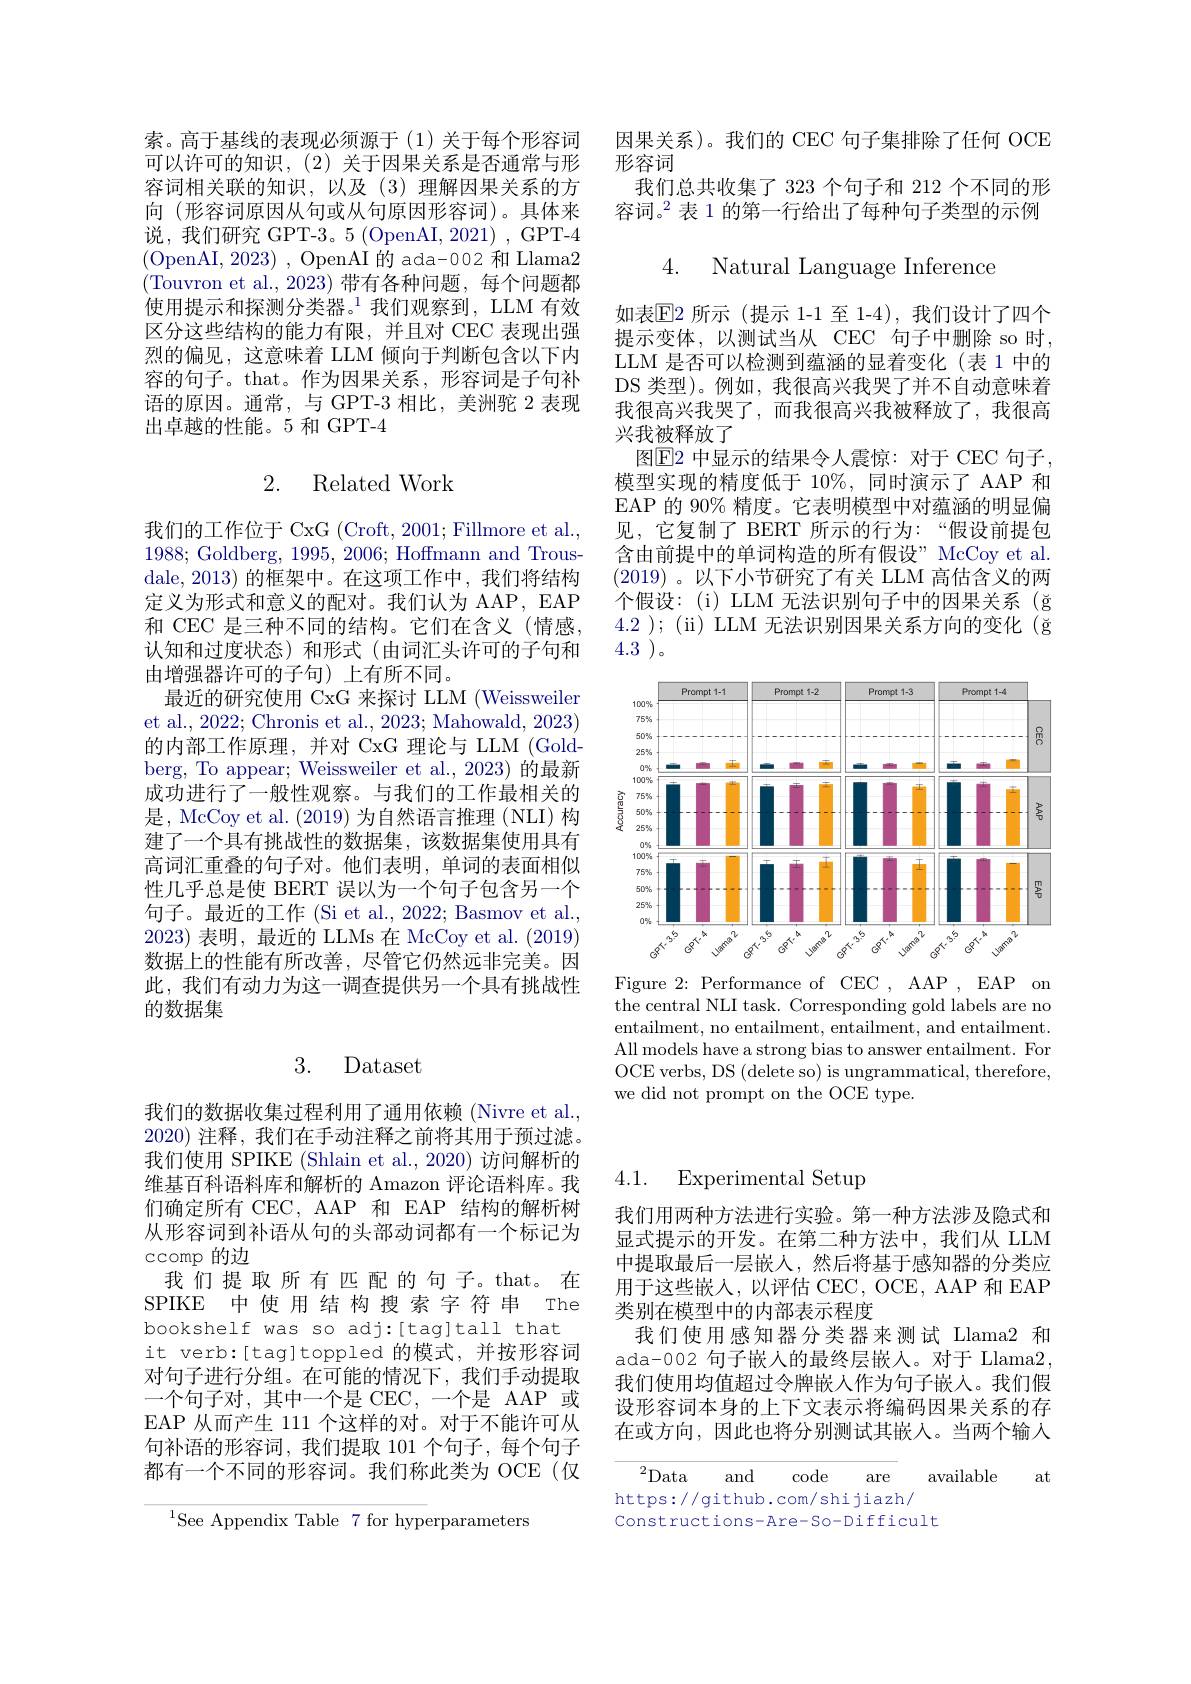
索。高于基线的表现必须源于(1)关于每个形容词可以许可的知识，(2)关于因果关系是否通常与形容词相关联的知识，以及(3)理解因果关系的方向 (形容词原因从句或从句原因形容词)。具体来说，我们研究 GPT-3。5 (OpenAI, 2021) , GPT-4 (OpenAI,2023) , OpenAI 的 ada-002 和 Llama2 (Touvron et al., 2023)带有各种问题，每个问题都使用提示和探测分类器。$^1$我们观察到，LLM 有效区分这些结构的能力有限，并且对 CEC 表现出强烈的偏见，这意味着 LLM 倾向于判断包含以下内容的句子。that。作为因果关系，形容词是子句补语的原因。通常，与 GPT-3 相比，美洲驼 2 表现出卓越的性能。5 和 GPT-4

## 2. Related Work

我们的工作位于 CxG (Croft, 2001; Fillmore et al., 1988;Goldberg, 1995,2006; Hoffmann and Trousdale, 2013) 的框架中。在这项工作中，我们将结构定义为形式和意义的配对。我们认为 AAP, EAP 和 CEC 是三种不同的结构。它们在含义(情感， 认知和过度状态)和形式(由词汇头许可的子句和由增强器许可的子句)上有所不同。
最近的研究使用 CxG 来探讨 LLM (Weissweiler et al., 2022; Chronis et al., 2023; Mahowald, 2023) 的内部工作原理，并对 CxG 理论与 LLM (Goldberg, To appear; Weissweiler et al., 2023) 的最新成功进行了一般性观察。与我们的工作最相关的是，McCoy et al. (2019) 为自然语言推理 (NLI) 构建了一个具有挑战性的数据集，该数据集使用具有高词汇重叠的句子对。他们表明，单词的表面相似性几乎总是使 BERT 误以为一个句子包含另一个句子。最近的工作 (Si et al., 2022; Basmov et al., 2023)表明，最近的 LLMs 在 McCoy et al. (2019) 数据上的性能有所改善，尽管它仍然远非完美。因此，我们有动力为这一调查提供另一个具有挑战性的数据集

## 3. Dataset

我们的数据收集过程利用了通用依赖 (Nivre et al. 2020)注释，我们在手动注释之前将其用于预过滤。我们使用 SPIKE (Shlain et al., 2020) 访问解析的维基百科语料库和解析的 Amazon 评论语料库。我们确定所有 CEC, AAP 和 EAP 结构的解析树从形容词到补语从句的头部动词都有一个标记为ccomp 的边
我们提取所有匹配的句子。that。在SPIKE 中使用结构搜索字符串 The bookshelf was so adj:[tag]tall that
it verb:[tag]toppled 的模式，并按形容词对句子进行分组。在可能的情况下，我们手动提取一个句子对，其中一个是 CEC,一个是 AAP 或EAP 从而产生 111 个这样的对。对于不能许可从句补语的形容词，我们提取 101 个句子，每个句子都有一个不同的形容词。我们称此类为 OCE(仅

${^{1}\text{See Appendix Table}}{7\text{ for hyp}}$erparameters

因果关系)。我们的 CEC 句子集排除了任何 OCE
形容词
我们总共收集了 323 个句子和 212 个不同的形容词。$^{2}$表 1 的第一行给出了每种句子类型的示例

4. Natural Language Inference

如表$\mathbb{E}$2 所示(提示 1-1 至 1-4),我们设计了四个提示变体，以测试当从 CEC 句子中删除 so 时， LLM 是否可以检测到蕴涵的显着变化(表 1 中的DS 类型)。例如，我很高兴我哭了并不自动意味着我很高兴我哭了，而我很高兴我被释放了，我很高兴我被释放了
图$\boxed{\mathrm{E}}2$ 中显示的结果令人震惊：对于 CEC 句子， 模型实现的精度低于 10%,同时演示了 AAP 和EAP 的 90% 精度。它表明模型中对蕴涵的明显偏见，它复制了 BERT 所示的行为：“假设前提包含由前提中的单词构造的所有假设” McCoy et al. (2019) 。以下小节研究了有关 LLM 高估含义的两个假设：(i) LLM 无法识别句子中的因果关系 (ğ 4.2 ); (ii) LLM 无法识别因果关系方向的变化 (ğ $4.3\:^{\prime}$

<FigureHere>

Figure 2: Performance of CEC , AAP , EAP on the central NLI task. Corresponding gold labels are no entailment, no entailment, entailment, and entailment. All models have a strong bias to answer entailment. For OCE verbs, DS (delete so) is ungrammatical, therefore, we did not prompt on the OCE type.

4.1.

# Experimental Setup

我们用两种方法进行实验。第一种方法涉及隐式和显式提示的开发。在第二种方法中，我们从 LLM 中提取最后一层嵌人，然后将基于感知器的分类应用于这些嵌人，以评估 CEC, OCE, AAP 和 EAP 类别在模型中的内部表示程度
我们使用感知器分类器来测试 Llama2 和ada-002 句子嵌人的最终层嵌入。对于 Llama2, 我们使用均值超过令牌嵌人作为句子嵌入。我们假设形容词本身的上下文表示将编码因果关系的存在或方向，因此也将分别测试其嵌人。当两个输入

at

${}^2{\mathrm{Data}}$
code
available
and
are
https://github.com/shijiazh/
Constructions-Are-So-Difficult